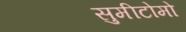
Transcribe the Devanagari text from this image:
सुमीटोमो